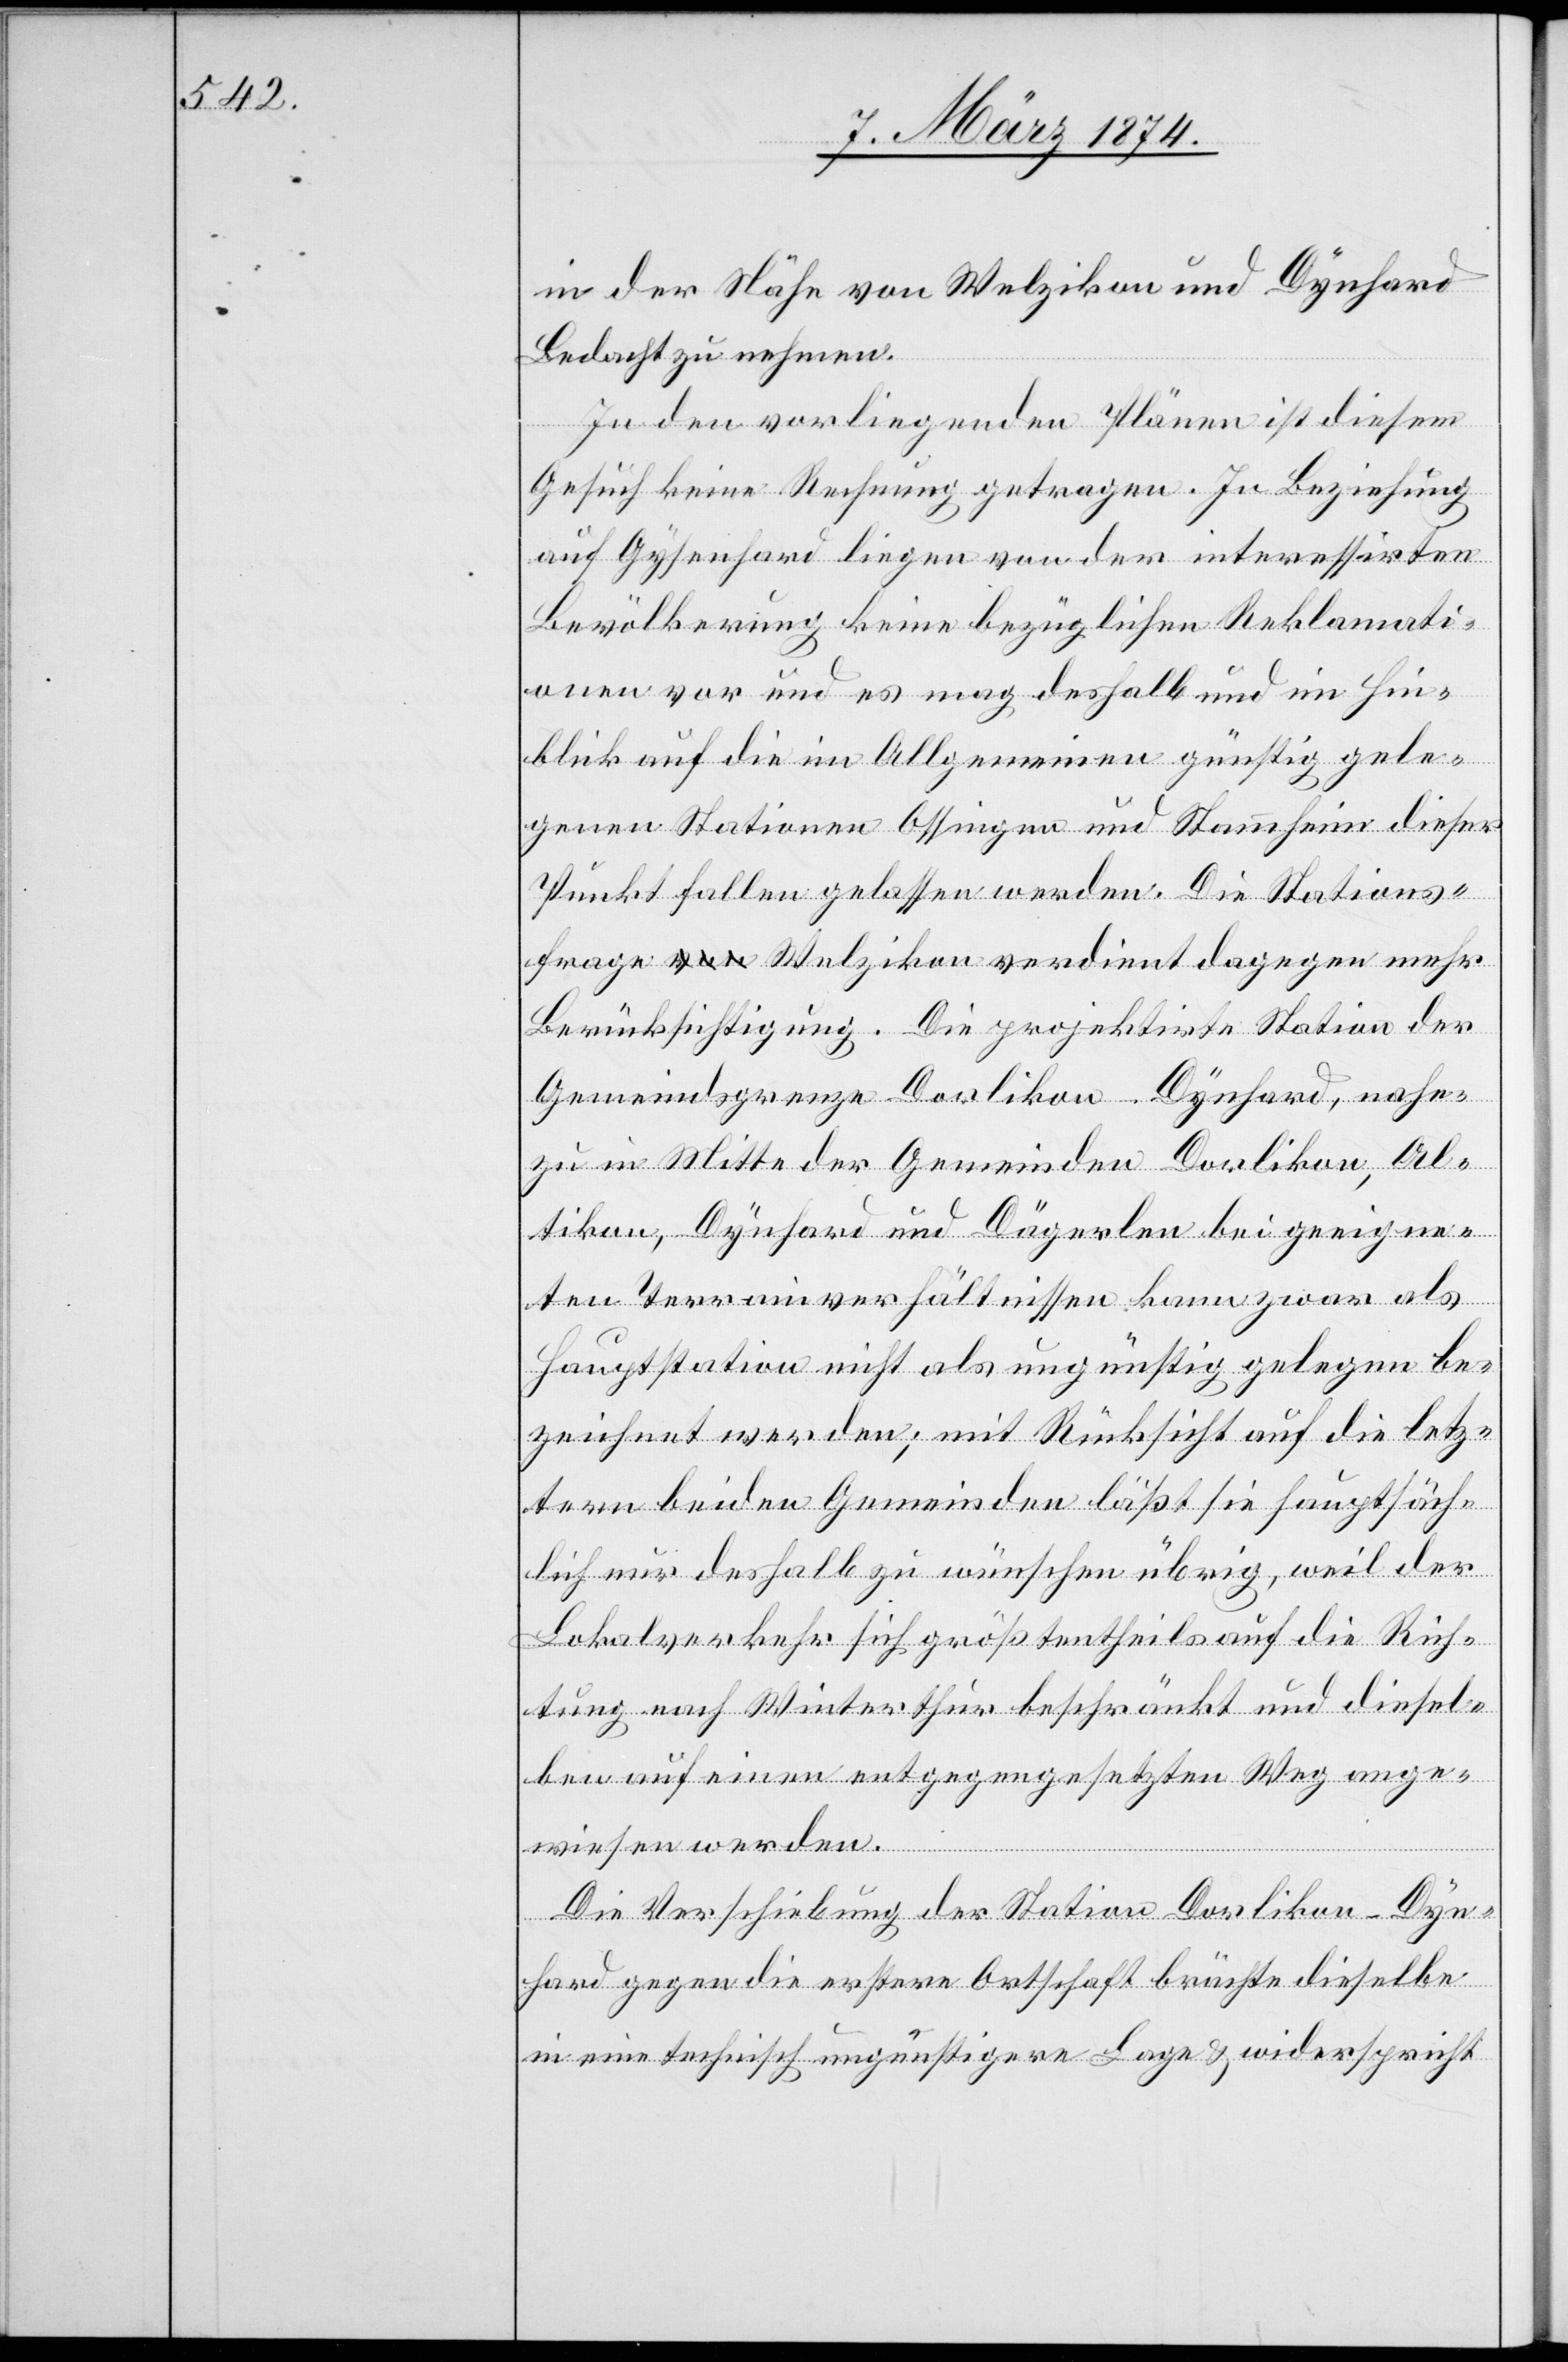
in der Nähe von Welzikon und Dynhard
Bedacht zu nehmen.
In den vorliegenden Plänen ist diesem
Gesuch keine Rechnung getragen. In Beziehung
auf Gysenhard liegen von der interessirten
Bevölkerung keine bezüglichen Reklamati¬
onen vor und es mag deshalb und im Hin¬
blick auf die im Allgemeinen günstig gele¬
genen Stationen Ossingen und Stammheim dieser
Punkt fallen gelassen werden. Die Stations¬
frage Welzikon verdient dagegen mehr
Berücksichtigung. Die projektirte Station der
Gemeindsgrenze Dorlikon-Dynhard, nahe¬
zu in Mitte der Gemeinden Dorlikon, Al¬
tikon, Dynhard und Dägerlen bei geeigne¬
ten Terrainverhältnissen kann zwar als
Hauptstation nicht als ungünstig gelegen be¬
zeichnet werden; mit Rücksicht auf die letz¬
tern beiden Gemeinden läßt sie hauptsäch¬
lich nur deshalb zu wünschen übrig, weil der
Lokalverkehr sich größtentheils auf die Rich¬
tung nach Winterthur beschränkt und diesel¬
ben auf einen entgegengesetzten Weg ange¬
wiesen werden.
Die Verschiebung der Station Dorlikon-Dyn¬
hard gegen die erstere Ortschaft brächte dieselbe
in eine technisch ungünstigere Lage u. widerspricht